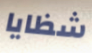
شظايا